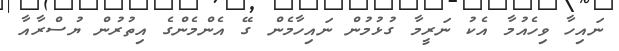
ނައިހާ ވިހެއުމާ އެކު ނަރީމާ ގުޅުމުން ނައިހާމެން ގޭ އެންމެންގެ އިތުރުން ޔުސްރާއާ